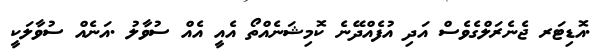
.އޮޑިޓަރ ޖެނެރަލްގެވެސް އަދި އުފެއްދޭނެ ކޮމިޝަނެއްތޯ އެއީ އެއް ސުވާލު .އަނެއް ސުވާލަކީ